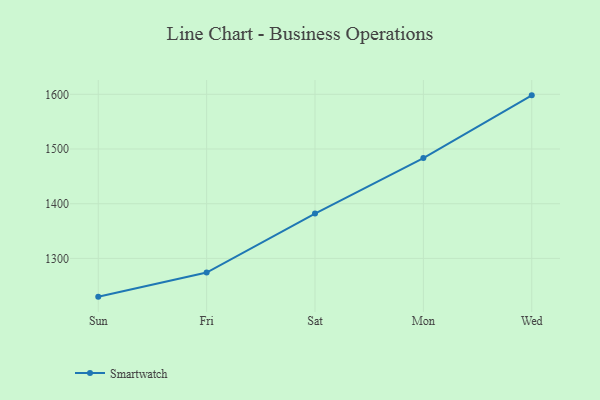
{"axis": {"x": "Day", "y": "Waste Production (Tons)"}, "legend": ["Smartwatch"], "data": [{"x": "Sun", "y": 1230.1, "type": "Smartwatch"}, {"x": "Fri", "y": 1274.2, "type": "Smartwatch"}, {"x": "Sat", "y": 1382.0, "type": "Smartwatch"}, {"x": "Mon", "y": 1483.4, "type": "Smartwatch"}, {"x": "Wed", "y": 1598.1, "type": "Smartwatch"}]}